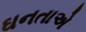
ઘનતાએ